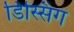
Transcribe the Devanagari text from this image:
डिस्सिंग